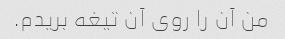
من آن را روی آن تیغه بریدم.